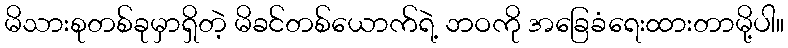
မိသားစုတစ်ခုမှာရှိတဲ့ မိခင်တစ်ယောက်ရဲ့ ဘဝကို အခြေခံရေးထားတာမို့ပါ။